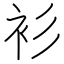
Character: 衫